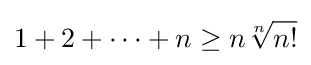
1+2+\dots +n\geq n{\sqrt[{n}]{n!}}